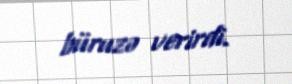
büruzə verirdi.